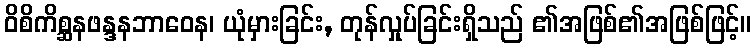
ဝိစိကိစ္ဆနဖန္ဒနဘာဝေန၊ ယုံမှားခြင်း, တုန်လှုပ်ခြင်းရှိသည် ၏အဖြစ်၏အဖြစ်ဖြင့်။